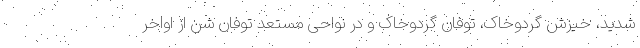
شدید، خیزش گردوخاک، توفان گردوخاک و در نواحی مستعد توفان شن از اواخر